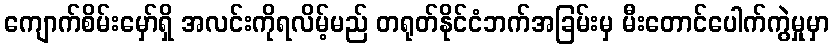
ကျောက်စိမ်းမှော်ရှိ အလင်းကိုရလိမ့်မည် တရုတ်နိုင်ငံဘက်အခြမ်းမှ မီးတောင်ပေါက်ကွဲမှုမှာ